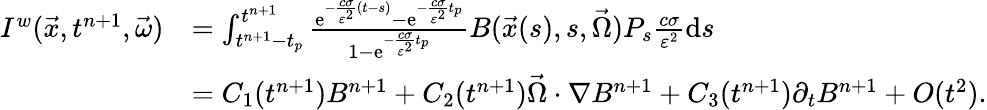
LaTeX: \begin{array}{rl}{I^{w}(\vec{x},t^{n+1},\vec{\omega})}&{=\int_{t^{n+1}-t_{p}}^{t^{n+1}}\frac{\mathrm{e}^{-\frac{c\sigma}{\varepsilon^{2}}(t-s)}-\mathrm{e}^{-\frac{c\sigma}{\varepsilon^{2}}t_{p}}}{1-\mathrm{e}^{-\frac{c\sigma}{\varepsilon^{2}}t_{p}}}B(\vec{x}(s),s,\vec{\Omega})P_{s}\frac{c\sigma}{\varepsilon^{2}}\mathrm{d}s}\\ &{=C_{1}(t^{n+1})B^{n+1}+C_{2}(t^{n+1})\vec{\Omega}\cdot\nabla B^{n+1}+C_{3}(t^{n+1})\partial_{t}B^{n+1}+O(t^{2}).}\end{array}